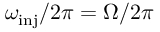
\omega _ { \mathrm { i n j } } / 2 \pi = \Omega / 2 \pi